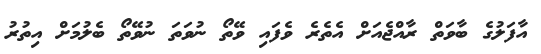
އާފަލުގެ ބާވަތް ރާއްޖެއަށް އެތެރެ ވެފައި ވޭތޯ ނުވަތަ ނުވޭތޯ ބެލުމަށް އިތުރު